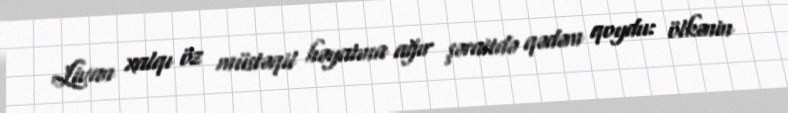
Livan xalqı öz müstəqil həyatına ağır şəraitdə qədəm qoydu: ölkənin